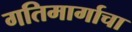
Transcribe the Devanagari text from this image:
गतिमार्गाचा